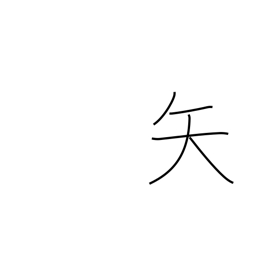
Meaning: dart